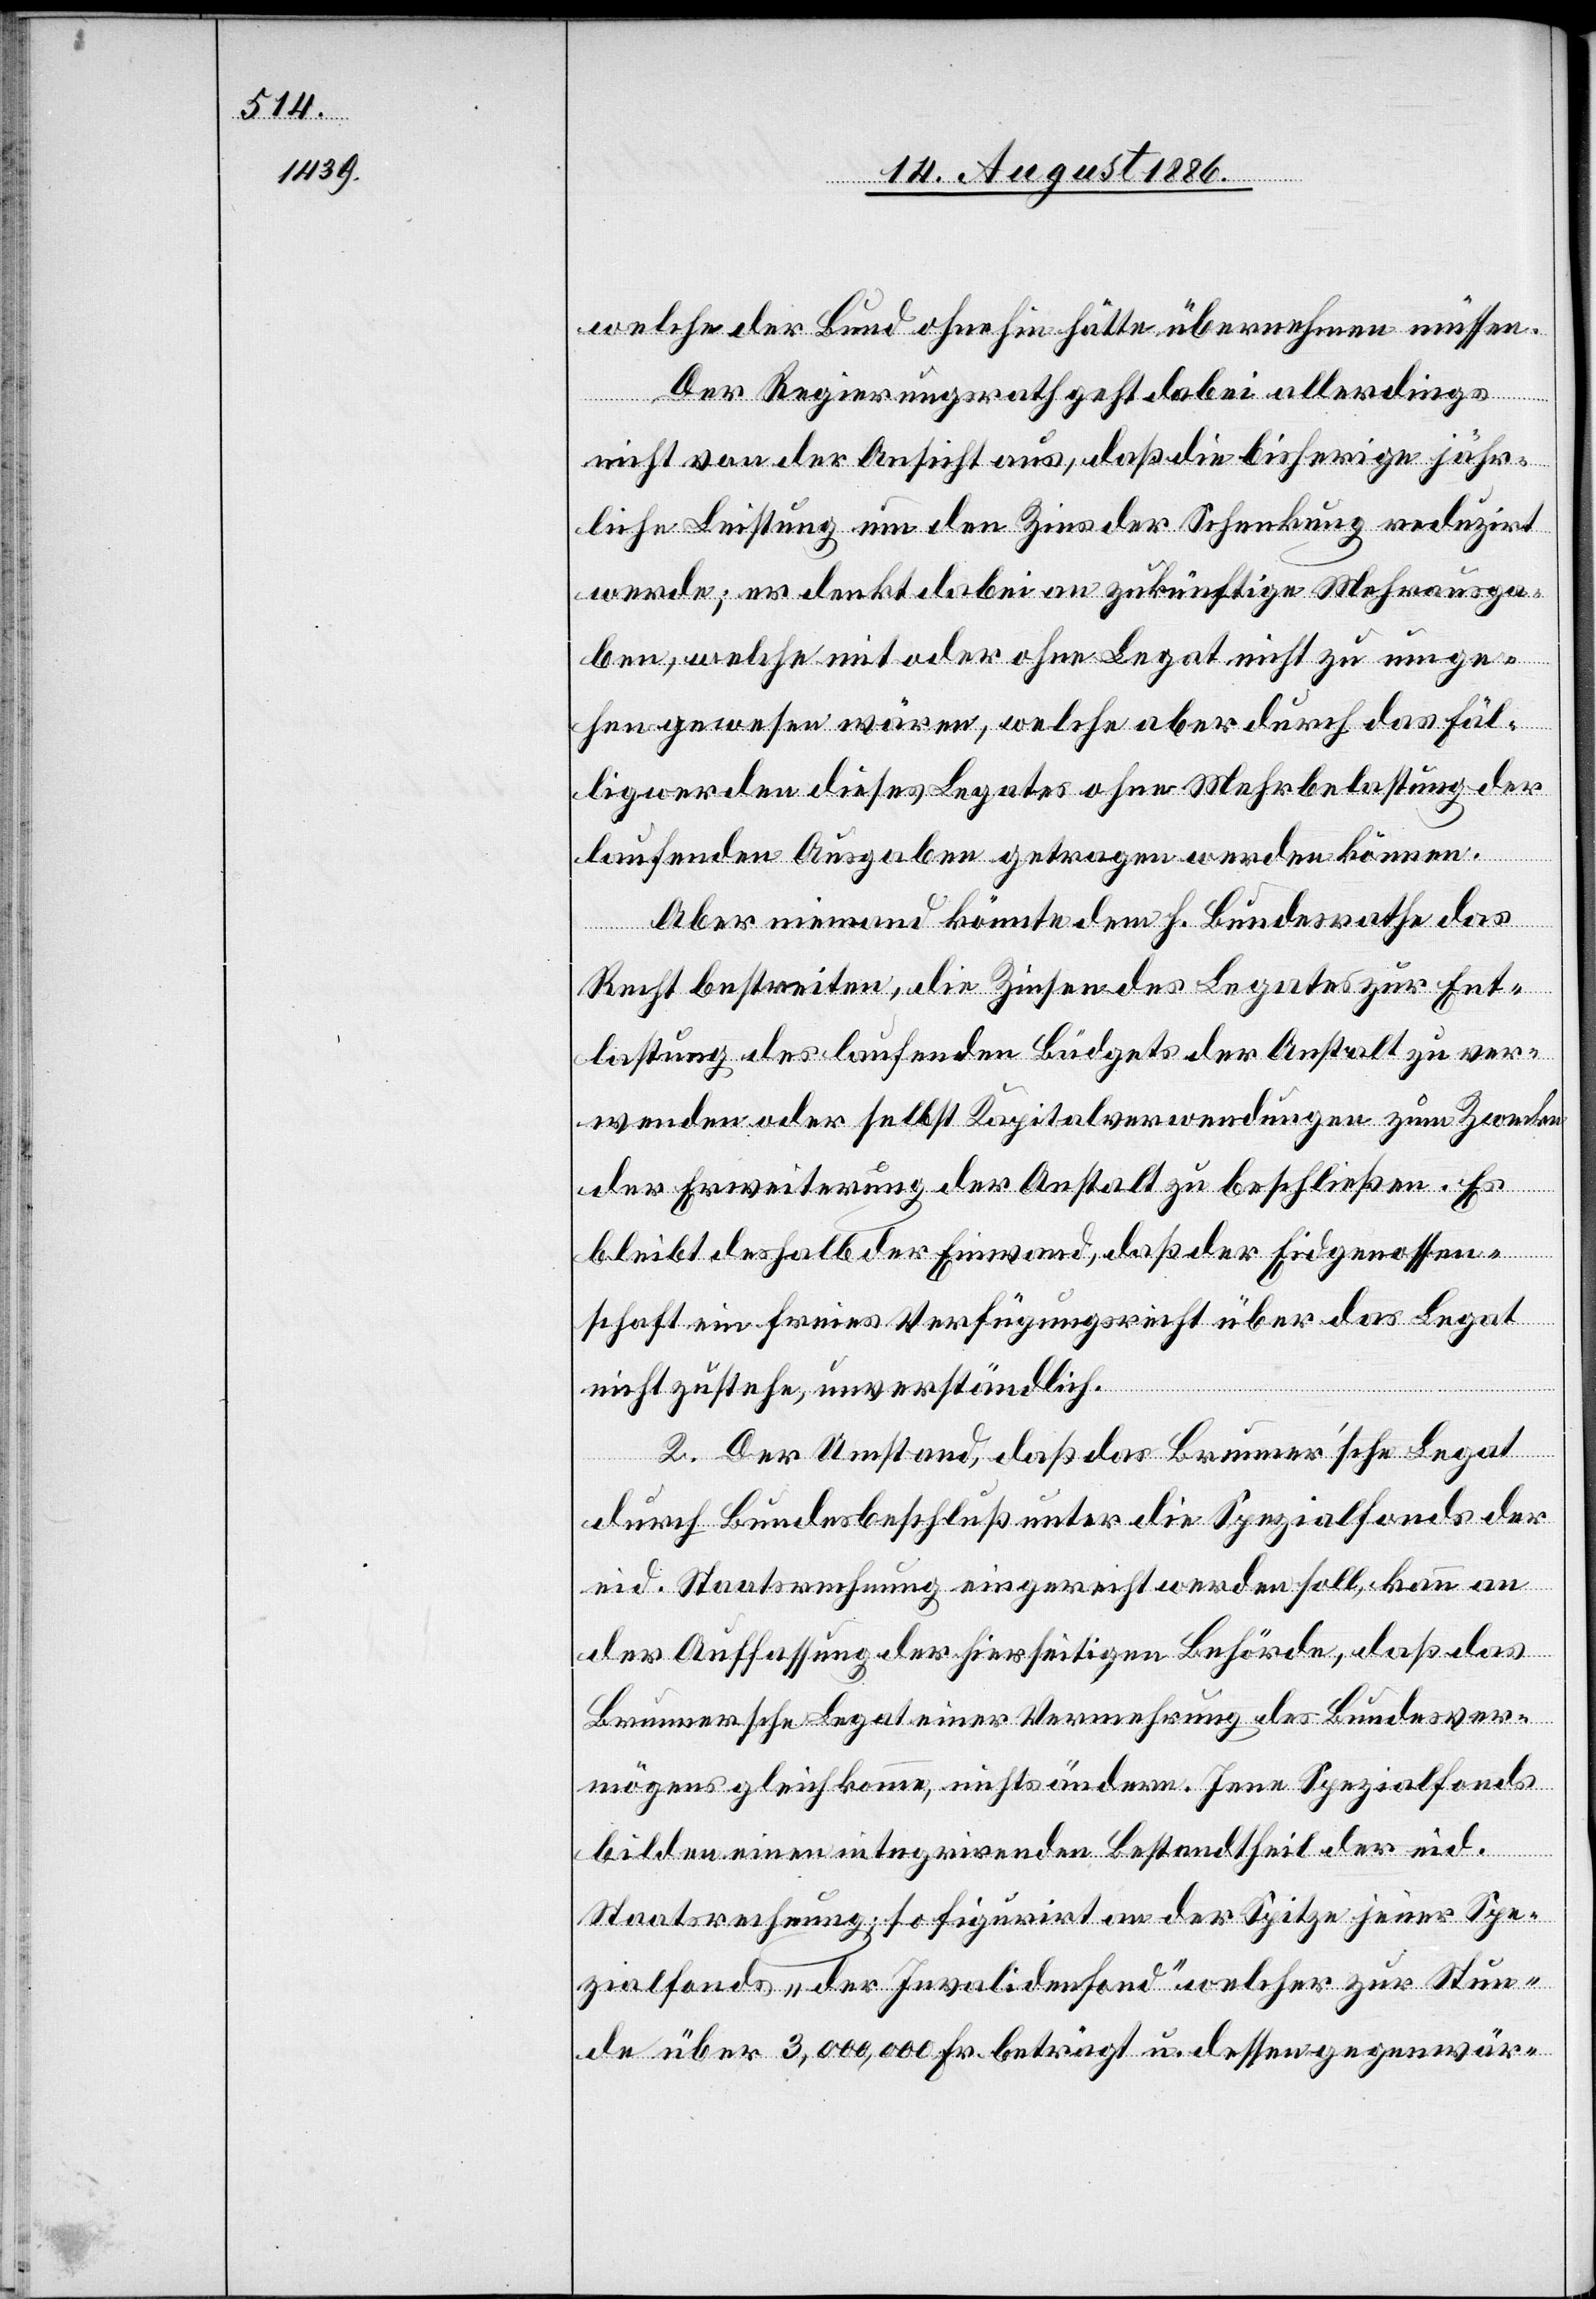
welche der Bund ohnehin hätte übernehmen müssen.
Der Regierungsrath geht dabei allerdings
nicht von der Ansicht aus, daß die bisherige jähr¬
liche Leistung um den Zins der Schenkung reduzirt
werde; er denkt dabei an zukünftige Mehrausga¬
ben, welche mit oder ohne Legat nicht zu umge¬
hen gewesen wären, welche aber durch das Fäl¬
ligwerden dieses Legates ohne Mehrbelastung der
laufenden Ausgaben getragen werden können.
Aber niemand könnte dem h. Bundesrathe das
Recht bestreiten, die Zinsen des Legates zur Ent¬
lastung des laufenden Büdgets der Anstalt zu ver¬
wenden oder selbst Kapitalverwendungen zum Zwecke
der Erweiterung der Anstalt zu beschließen. Es
bleibt deshalb der Einwand, daß der Eidgenossen¬
schaft ein freies Verfügungsrecht über das Legat
nicht zustehe, unverständlich.
2. Der Umstand, daß das Brunnerʼsche Legat
durch Bundesbeschluß unter die Spezialfonds der
eid. Staatsrechnung eingereiht werden soll, kann an
der Auffassung der hierseitigen Behörde, daß das
Brunnersche Legat einer Vermehrung des Bundesver¬
mögens gleich komme, nichts ändern. Jene Spezialfonds
bilden einen integrirenden Bestandtheil der eid.
Staatsrechnung; so figurirt an der Spitze jener Spe¬
zialfonds „der Invalidenfond“ welcher zur Stun¬
de über 3,000,000 Fr. beträgt u. dessen gegenwär-